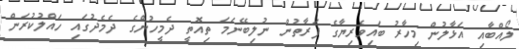
ލޯއްބާއި އަޅާލުން މިހާރު ބައިވެރިޔާގެ ފަރާތުން ނުލިބޭނަމަ ތިއޮތީ ދެމީހުންގެ ދެމެދުގައި ހައްލުކުރަން